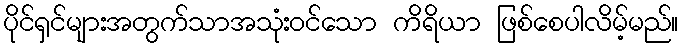
ပိုင်ရှင်များအတွက်သာအသုံးဝင်သော ကိရိယာ ဖြစ်စေပါလိမ့်မည်။